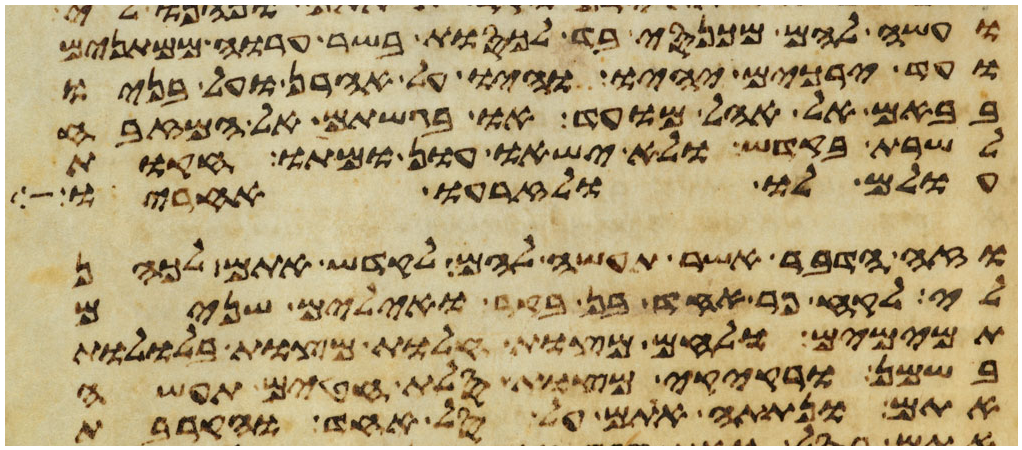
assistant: ועשה להם מכנסי בד לכסות בשר ערוה ממתנים
ועד ירכים יהיו והיו על אהרן ועל בניו
בבאם אל אהל מועד או בגשתם אל המזבח
לשרת בקדש ולא ישאו עון ומתו חקות
עולם לו ולזרעו אחריו
וזה הדבר אשר תעשה להם לקדש אתם לכהן
לי לקח פר אחד בן בקר ואילים שנים
תמימם ולחם מצות וחלות מצות בללות
בשמן ורקיקי מצות סלת חטים תעשה
אתם ונתתה אתם על סל אחד והקרבת